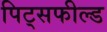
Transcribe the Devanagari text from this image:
पिट्सफील्ड